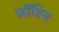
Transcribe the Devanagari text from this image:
ज़ॉरिन